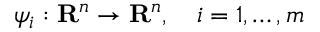
\psi _ { i } : \mathbf { R } ^ { n } \rightarrow \mathbf { R } ^ { n } , \quad i = 1 , \ldots , m